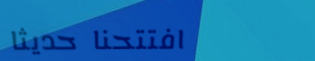
افتتحنا حديثاً